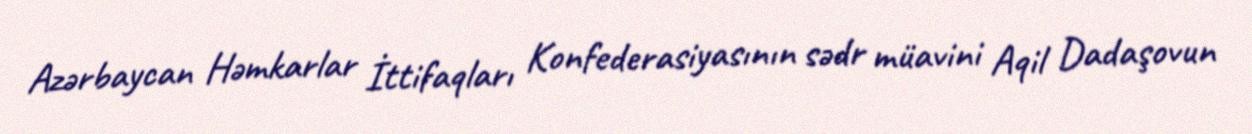
Azərbaycan Həmkarlar İttifaqları Konfederasiyasının sədr müavini Aqil Dadaşovun